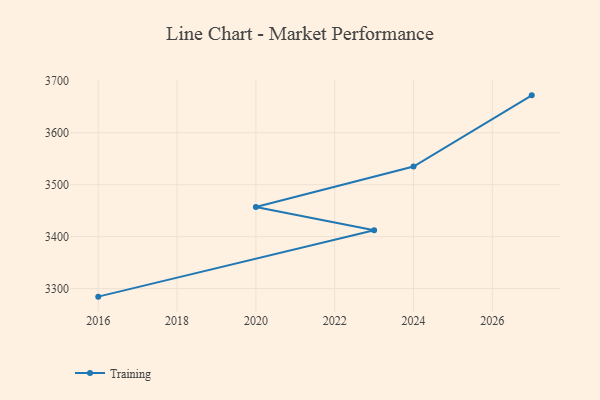
{"axis": {"x": "Year", "y": "Population (Million)"}, "legend": ["Training"], "data": [{"x": "2027", "y": 3672.0, "type": "Training"}, {"x": "2024", "y": 3534.9, "type": "Training"}, {"x": "2020", "y": 3457.2, "type": "Training"}, {"x": "2023", "y": 3412.2, "type": "Training"}, {"x": "2016", "y": 3284.5, "type": "Training"}]}